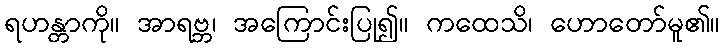
ရဟန္တာကို။ အာရဗ္ဘ၊ အကြောင်းပြု၍။ ကထေသိ၊ ဟောတော်မူ၏။